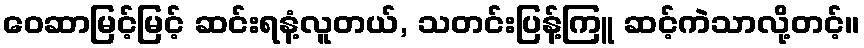
ဝေဆာမြင့်မြင့် ဆင်းရနံ့လူတယ်, သတင်းပြန့်ကြူ ဆင့်ကဲသာလို့တင့်။